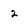
Character: 2